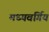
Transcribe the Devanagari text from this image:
मध्यवर्गिय